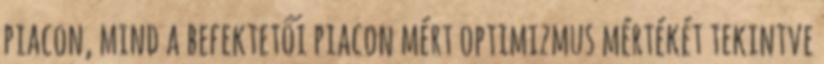
piacon, mind a befektetői piacon mért optimizmus mértékét tekintve